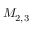
M _ { 2 , 3 }